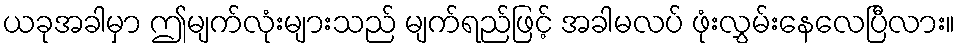
ယခုအခါမှာ ဤမျက်လုံးများသည် မျက်ရည်ဖြင့် အခါမလပ် ဖုံးလွှမ်းနေလေပြီလား။